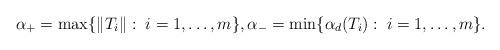
LaTeX: \begin{align*}\alpha_+=\max\{\|T_i\|:\; i=1,\ldots, m\},\alpha_-=\min\{\alpha_d(T_i):\; i=1,\ldots, m\}.\end{align*}